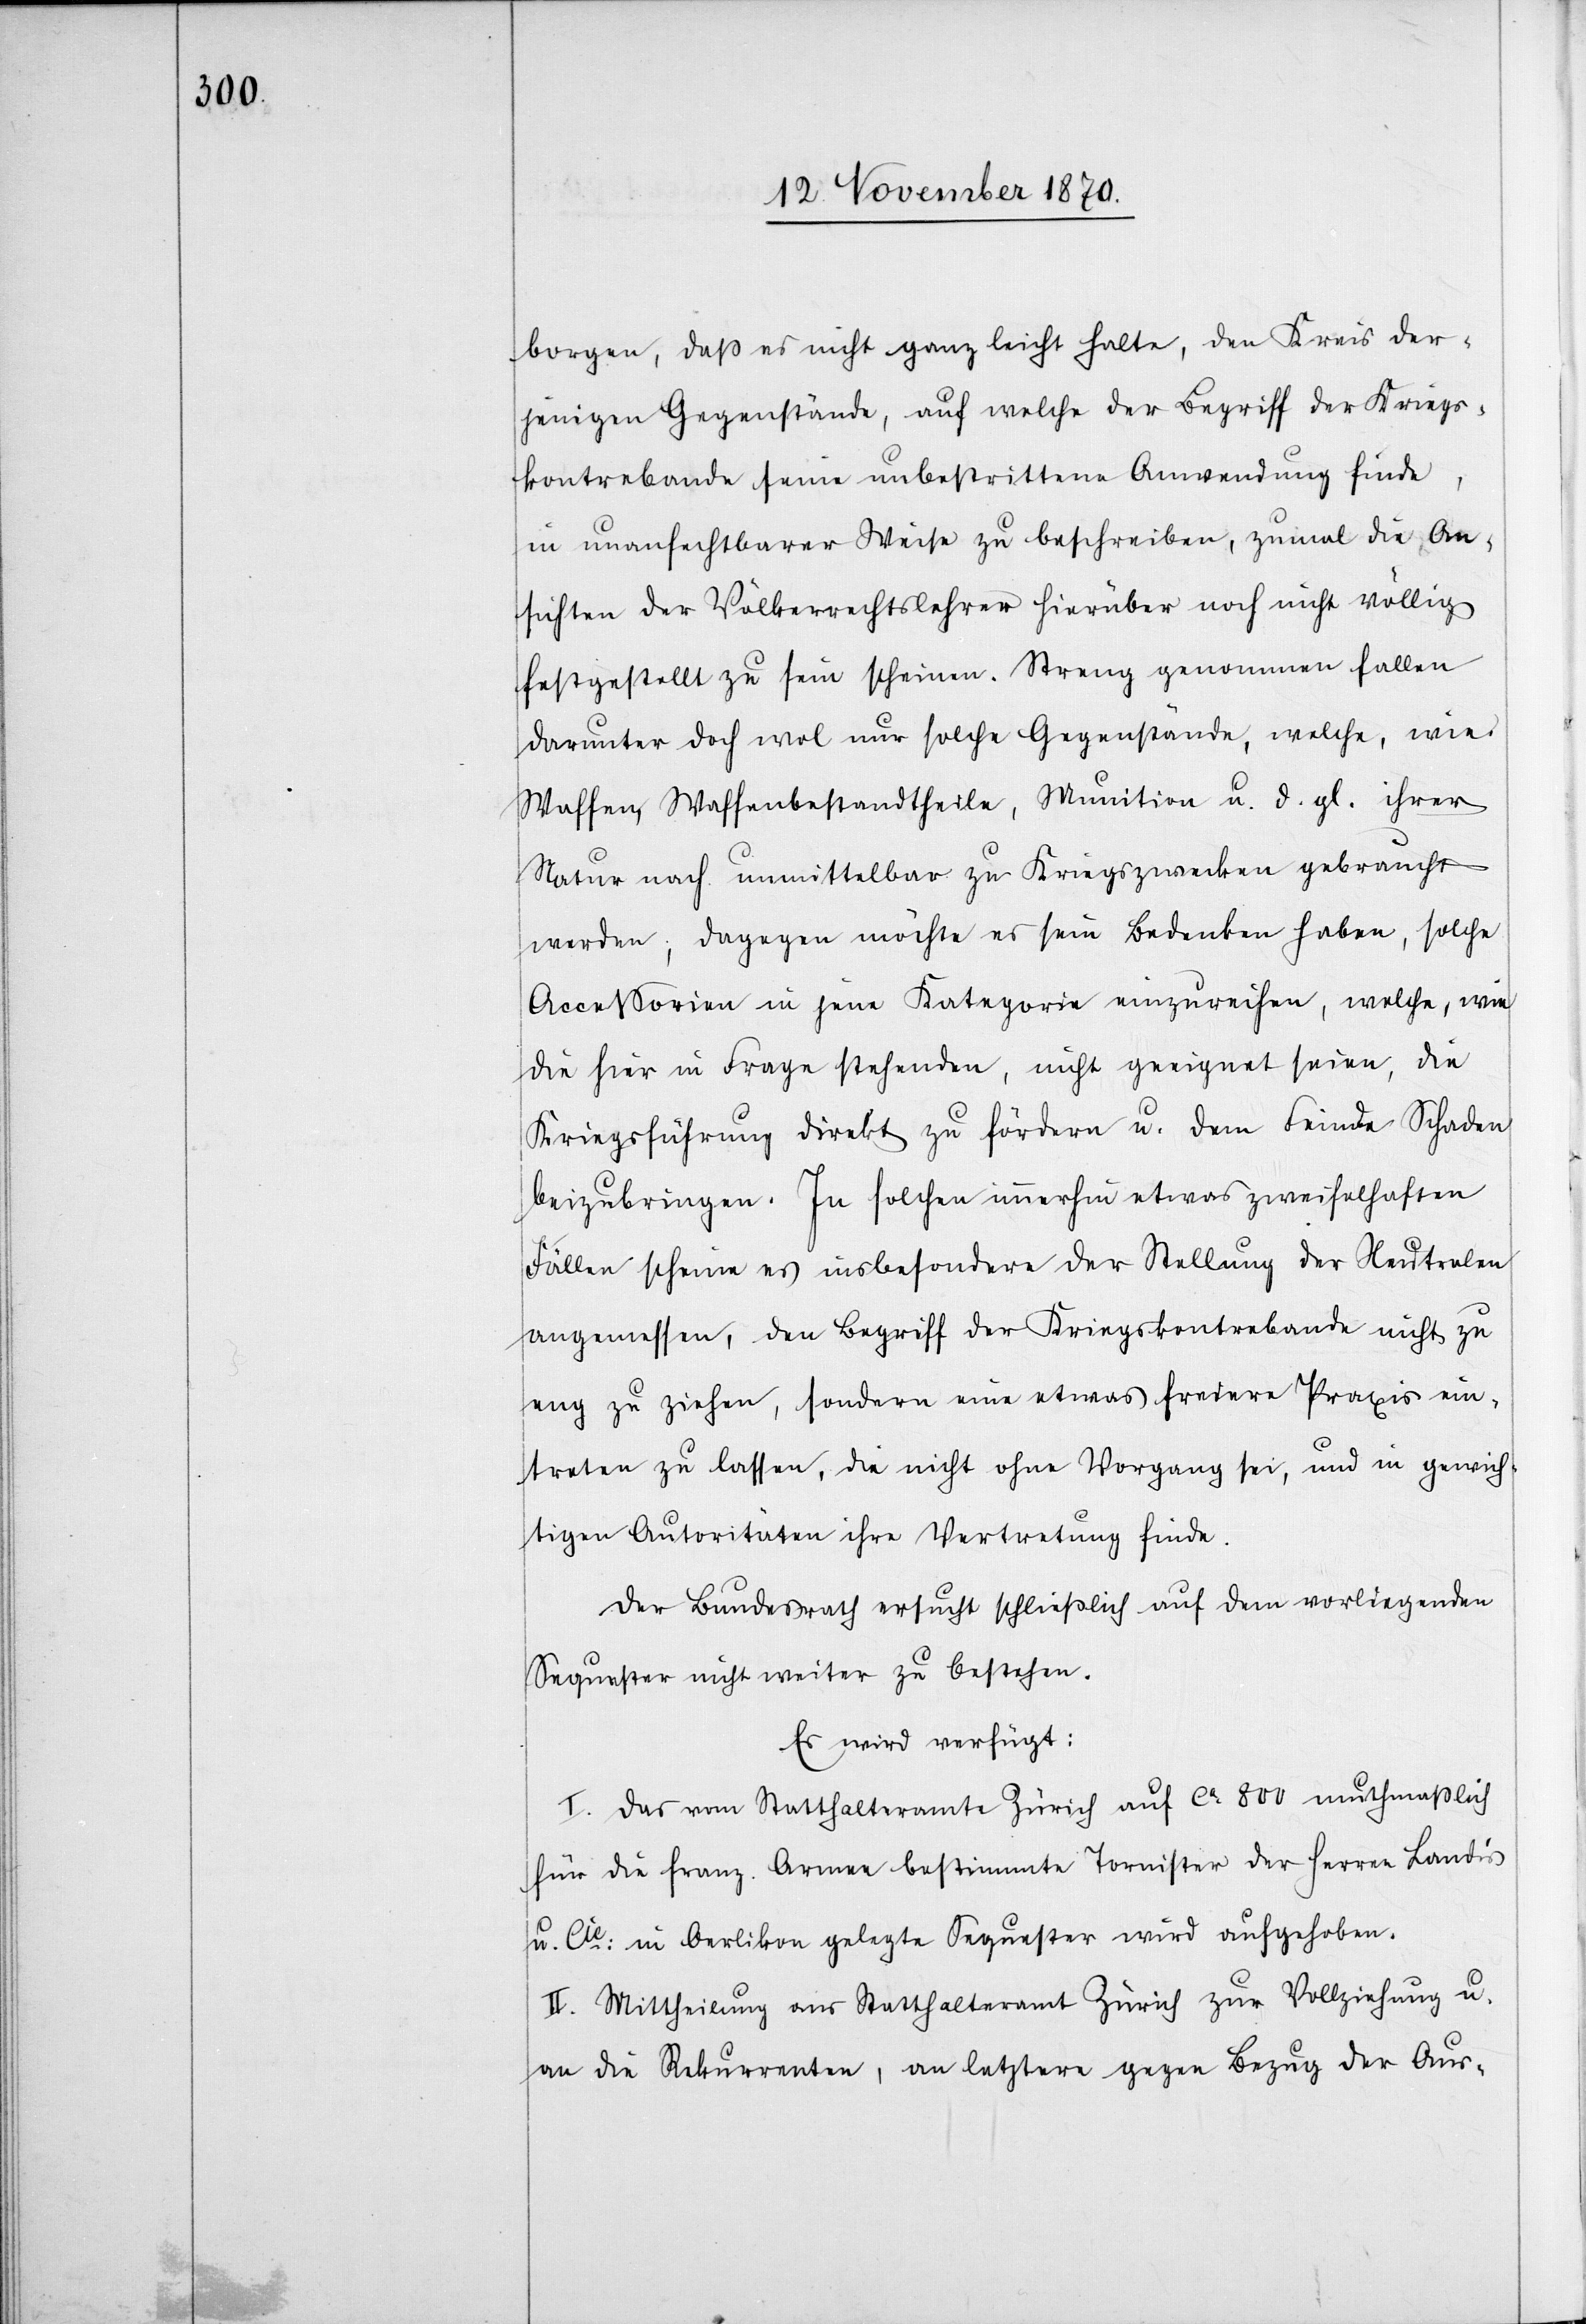
borgen, daß er nicht ganz leicht halte, den Kreis der¬
jenigen Gegenstände, auf welche der Begriff der Kriegs¬
kontrabande seine unbestrittene Anwendung finde,
in unanfechtbarer Weise zu beschreiben, zumal die An¬
sichten der Völkerrechtslehrer hierüber noch nicht völlig
festgestellt zu sein scheinen. Streng genommen fallen
darunter doch wol nur solche Gegenstände, welche, wie
Waffen, Waffenbestandtheile, Munition u. d. gl. ihrer
Natur nach unmittelbar zu Kriegszwecken gebraucht
werden, dagegen möchte er sein Bedenken haben, solche
Accessorien in jene Kategorie einzureihen, welche, wie
die hier in Frage stehenden, nicht geeignet seien, die
Kriegsführung direkt zu fördern u. dem Feinde Schaden
beizubringen. In solchen immerhin etwas zweifelhaften
Fällen scheine es insbesondere der Stellung der Neutralen
angemessen, den Begriff der Kriegskontrabande nicht zu
eng zu ziehen, sondern eine etwas freiere Praxis ein¬
treten zu lassen, die nicht ohne Vorgang sei, und in gewich¬
tigen Autoritäten ihre Vertretung finde.
Der Bundesrath ersucht schließlich auf dem vorliegenden
Sequester nicht weiter zu bestehen.
Es wird verfügt:
I. Das vom Statthalteramte Zürich auf ca. 800 muthmaßlich
für die franz. Armee bestimmte Tornister der Herren Landis
u. Cie: in Oerlikon gelegte Sequester wird aufgehoben.
II. Mittheilung an das Statthalteramt Zürich zur Vollziehung u.
an die Rekurrenten, an letztere gegen Bezug der Aus-